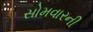
સોમવારની